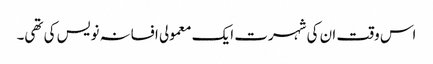
اس وقت ان کی شہرت ایک معمولی افسانہ نویس کی تھی۔